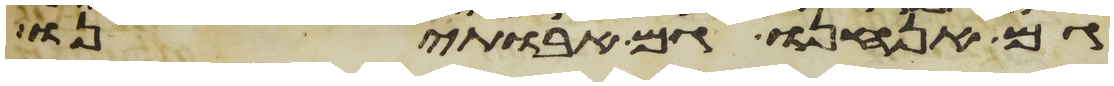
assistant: גם אנחנו גם אבתינו